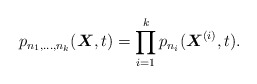
\begin{gather*}p_{n_1,\ldots,n_k}({\boldsymbol{X}},t)= \prod_{i=1}^{k}p_{n_i}({\boldsymbol{X}}^{(i)},t).\end{gather*}